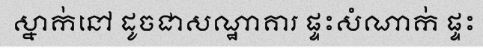
ស្នាក់នៅ ដូចជាសណ្ឋាគារ ផ្ទះសំណាក់ ផ្ទះ